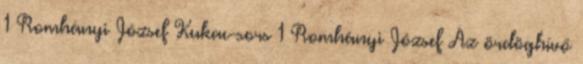
1 Romhányi József Kukac-sors 1 Romhányi József Az ördöghívő